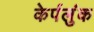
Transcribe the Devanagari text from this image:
केर्पलुंक